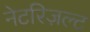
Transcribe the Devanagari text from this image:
नेटरिज़ल्ट